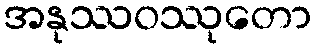
အနုဿဝဿုတော